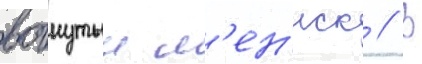
вогнутыи м'ен'иск // В